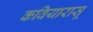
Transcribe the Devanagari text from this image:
कवियारासू